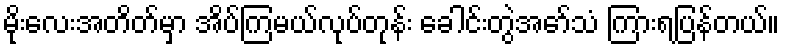
မိုးလေးအတိတ်မှာ အိပ်ကြမယ်လုပ်တုန်း ခေါင်းတွဲအော်သံ ကြားရပြန်တယ်။